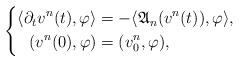
LaTeX: \begin{align*}\left\{\begin{aligned}\langle\partial_tv^n(t),\varphi\rangle&=-\langle\mathfrak{A}_n(v^n(t)),\varphi\rangle,\\(v^n(0),\varphi)&=(v_0^n,\varphi),\end{aligned}\right.\end{align*}